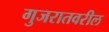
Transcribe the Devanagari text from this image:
गुजरातवरील